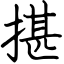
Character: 揕